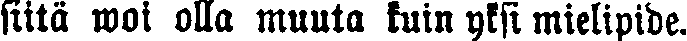
siitä woi olla muuta kuin yksi mielipide.